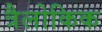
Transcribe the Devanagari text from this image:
त्रैलोकिक